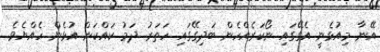
އޭނާ މިއުޅެނީ އެގޭގައި ނޯކަރެއްހެން ބަދިގޭގައި ހަތަރު ދަމު ކައްކަން އުޅެން ހެއްޔެވެ